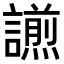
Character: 𧬫